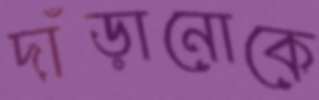
দাঁড়ানোকে